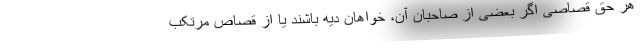
هر حق قصاصی اگر بعضی از صاحبان آن، خواهان دیه باشند یا از قصاص مرتکب